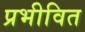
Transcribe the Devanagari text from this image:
प्रभीवित